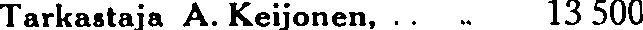
Tarkastaja A. Keijonen,.. 13 500